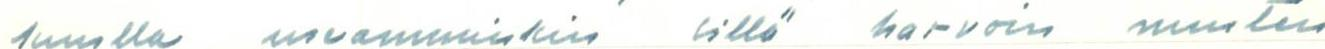
kuulla useamminkin sillä harvoin muuten